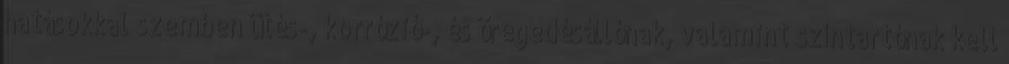
hatásokkal szemben ütés-, korrózió-, és öregedésállónak, valamint színtartónak kell